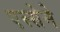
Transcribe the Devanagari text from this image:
एस्सेने